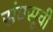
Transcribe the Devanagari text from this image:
संघसूची